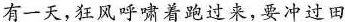
有一天，狂风呼啸着跑过来，要冲过田